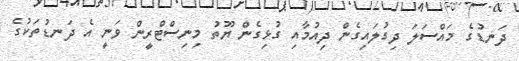
ދަނޑުގެ މައްސަލަ ދިގުލައިގެން ދިއުމާއި ގުޅިގެން ޔޫތު މިނިސްޓްރީން ވަނީ އެ ދަނޑުތަަކުގެ